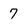
Character: 7